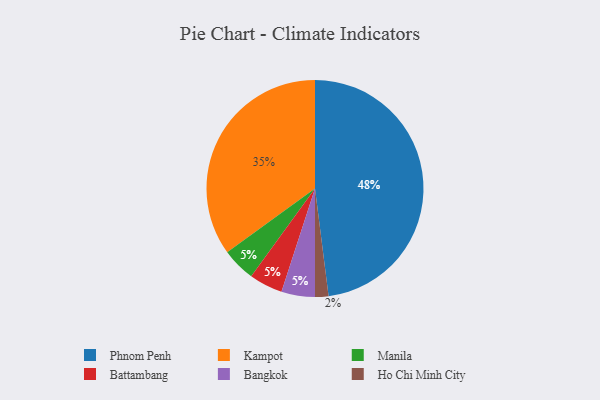
{"axis": {"x": "Category", "y": "Percentage"}, "legend": ["Bangkok", "Battambang", "Ho Chi Minh City", "Kampot", "Manila", "Phnom Penh"], "data": [{"x": "Manila", "y": 5, "type": "Manila"}, {"x": "Battambang", "y": 5, "type": "Battambang"}, {"x": "Kampot", "y": 35, "type": "Kampot"}, {"x": "Bangkok", "y": 5, "type": "Bangkok"}, {"x": "Phnom Penh", "y": 48, "type": "Phnom Penh"}, {"x": "Ho Chi Minh City", "y": 2, "type": "Ho Chi Minh City"}]}